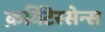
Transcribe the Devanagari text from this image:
क़विंटेस्सेन्स